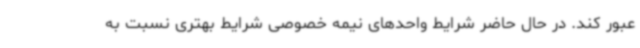
عبور کند. در حال حاضر شرایط واحدهای نیمه خصوصی شرایط بهتری نسبت به